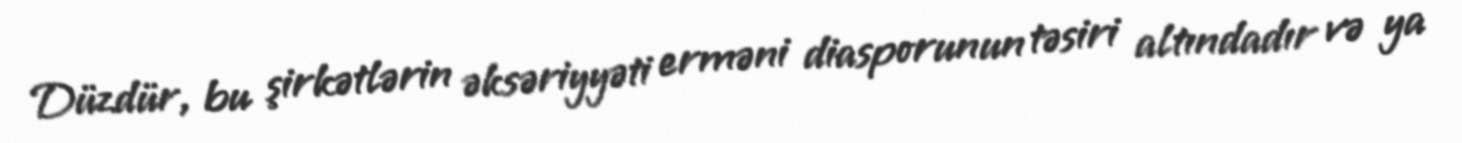
Düzdür, bu şirkətlərin əksəriyyəti erməni diasporunun təsiri altındadır və ya